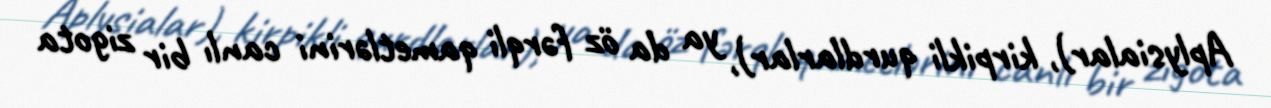
Aplysialar), kirpikli qurdlarlar), ya da öz fərqli qametlərini canlı bir zigota